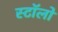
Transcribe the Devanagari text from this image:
स्टॉलों